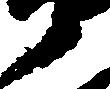
衛